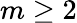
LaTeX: m\geq 2